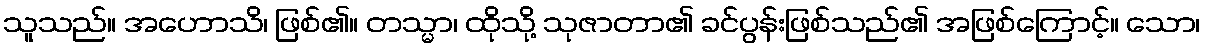
သူသည်။ အဟောသိ၊ ဖြစ်၏။ တသ္မာ၊ ထိုသို့ သုဇာတာ၏ ခင်ပွန်းဖြစ်သည်၏ အဖြစ်ကြောင့်။ သော၊